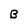
Character: B